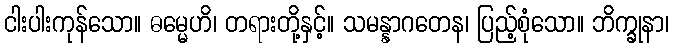
ငါးပါးကုန်သော။ ဓမ္မေဟိ၊ တရားတို့နှင့်။ သမန္နာဂတေန၊ ပြည့်စုံသော။ ဘိက္ခုနာ၊